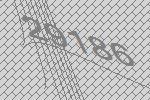
29186